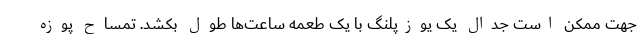
جهت ممکن است جدال یک یوزپلنگ با یک طعمه ساعت‌ها طول بکشد. تمساح پوزه